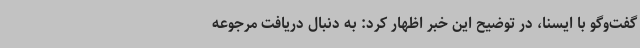
گفت‌وگو با ایسنا، در توضیح این خبر اظهار کرد: به دنبال دریافت مرجوعه